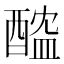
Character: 醓